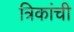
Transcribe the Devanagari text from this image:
त्रिकांची